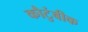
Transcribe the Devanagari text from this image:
कौटुंबीक